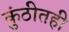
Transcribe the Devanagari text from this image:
कुंठीतही